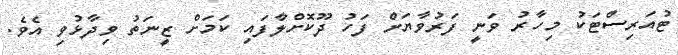
ޓުއަރިސްޓަކު މިހާރު ވަނީ ފަރުވާޔަށް ފަހު ދޫކޮށްލާފައި ކަމަށް ޒީނަތު ވިދާޅުވި އެވެ.